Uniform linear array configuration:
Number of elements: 24
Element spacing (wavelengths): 0.75
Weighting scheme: uniform
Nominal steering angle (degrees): -60
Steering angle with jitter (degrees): -60.099
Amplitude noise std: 0.05
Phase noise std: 0.05

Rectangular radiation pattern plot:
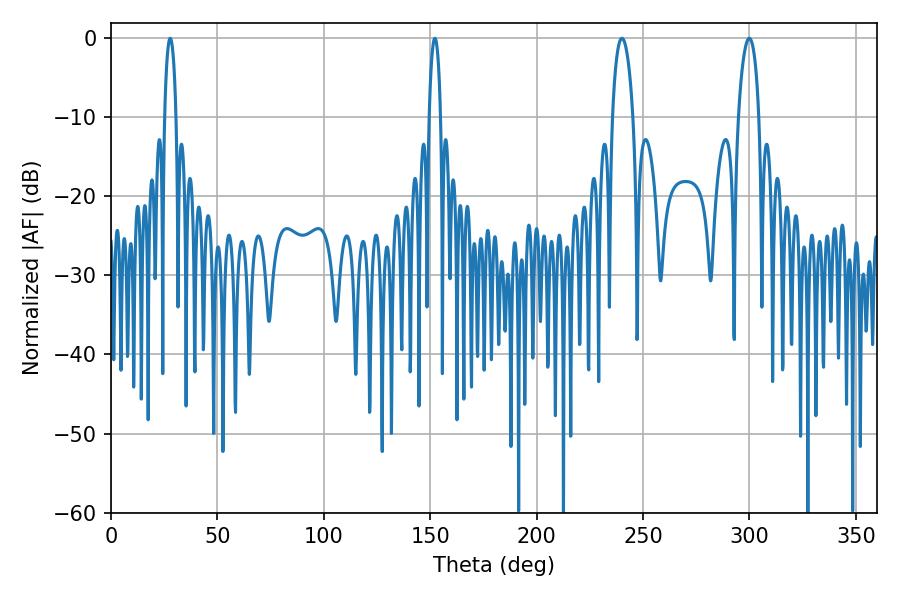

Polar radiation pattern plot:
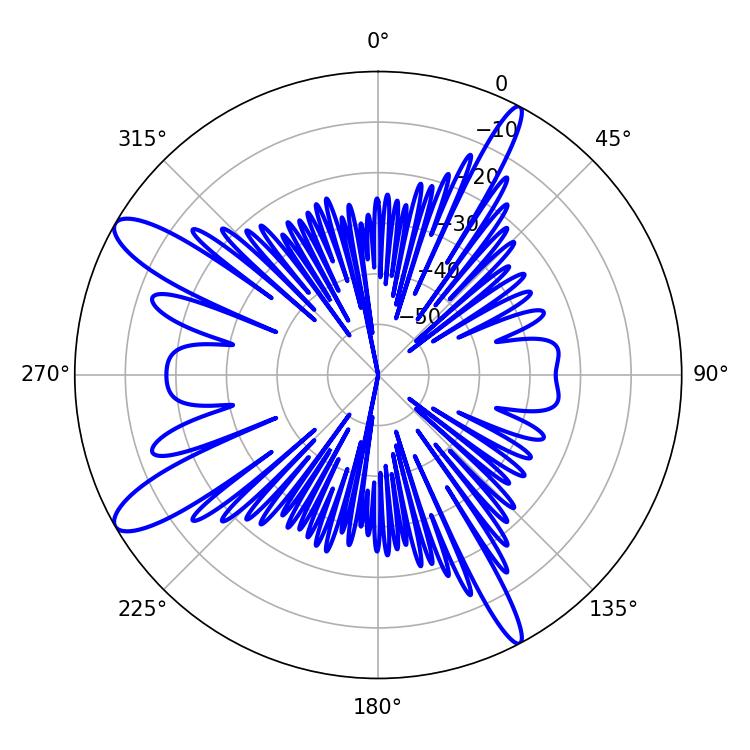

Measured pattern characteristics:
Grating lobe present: TRUE
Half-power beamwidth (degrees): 5.58
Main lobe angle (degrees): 299.88